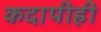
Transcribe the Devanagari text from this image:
कदापीही